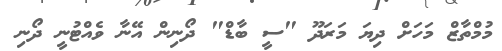
މުމްތާޒް މަހަށް ދިޔަ މަރަދޫ "ސީ ބާޑް" ދޯނިން އޭނާ ވެއްޓުނީ ދޯނި